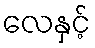
လေနှင့်